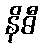
နိဓီ